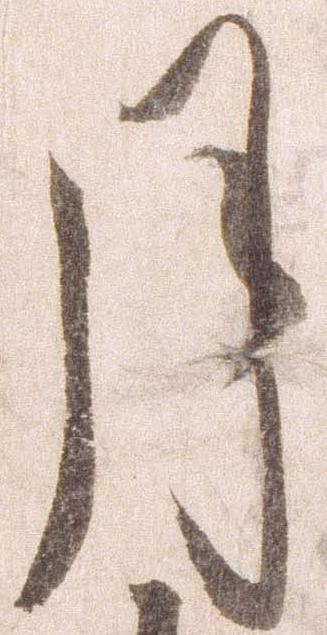
月